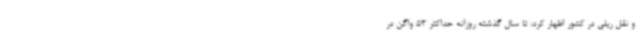
و نقل ریلی در کشور اظهار کرد: تا سال گذشته روزانه حداکثر 53 واگن در